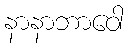
နာနာဘာဝေါ